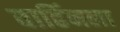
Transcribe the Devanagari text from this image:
वाढिंनला